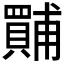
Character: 𱰣